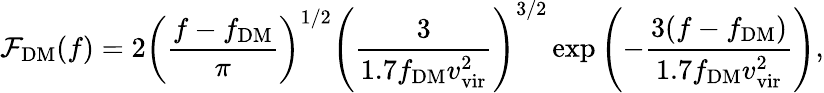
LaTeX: \mathcal{F}_{\mathrm{DM}}(f)=2\left(\frac{f-f_{\mathrm{DM}}}{\pi}\right)^{1/2}\left(\frac{3}{1.7f_{\mathrm{DM}}v_{\mathrm{vir}}^{2}}\right)^{3/2}\exp\left(-\frac{3(f-f_{\mathrm{DM}})}{1.7f_{\mathrm{DM}}v_{\mathrm{vir}}^{2}}\right),